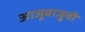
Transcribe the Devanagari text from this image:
आजूबाजू्ची